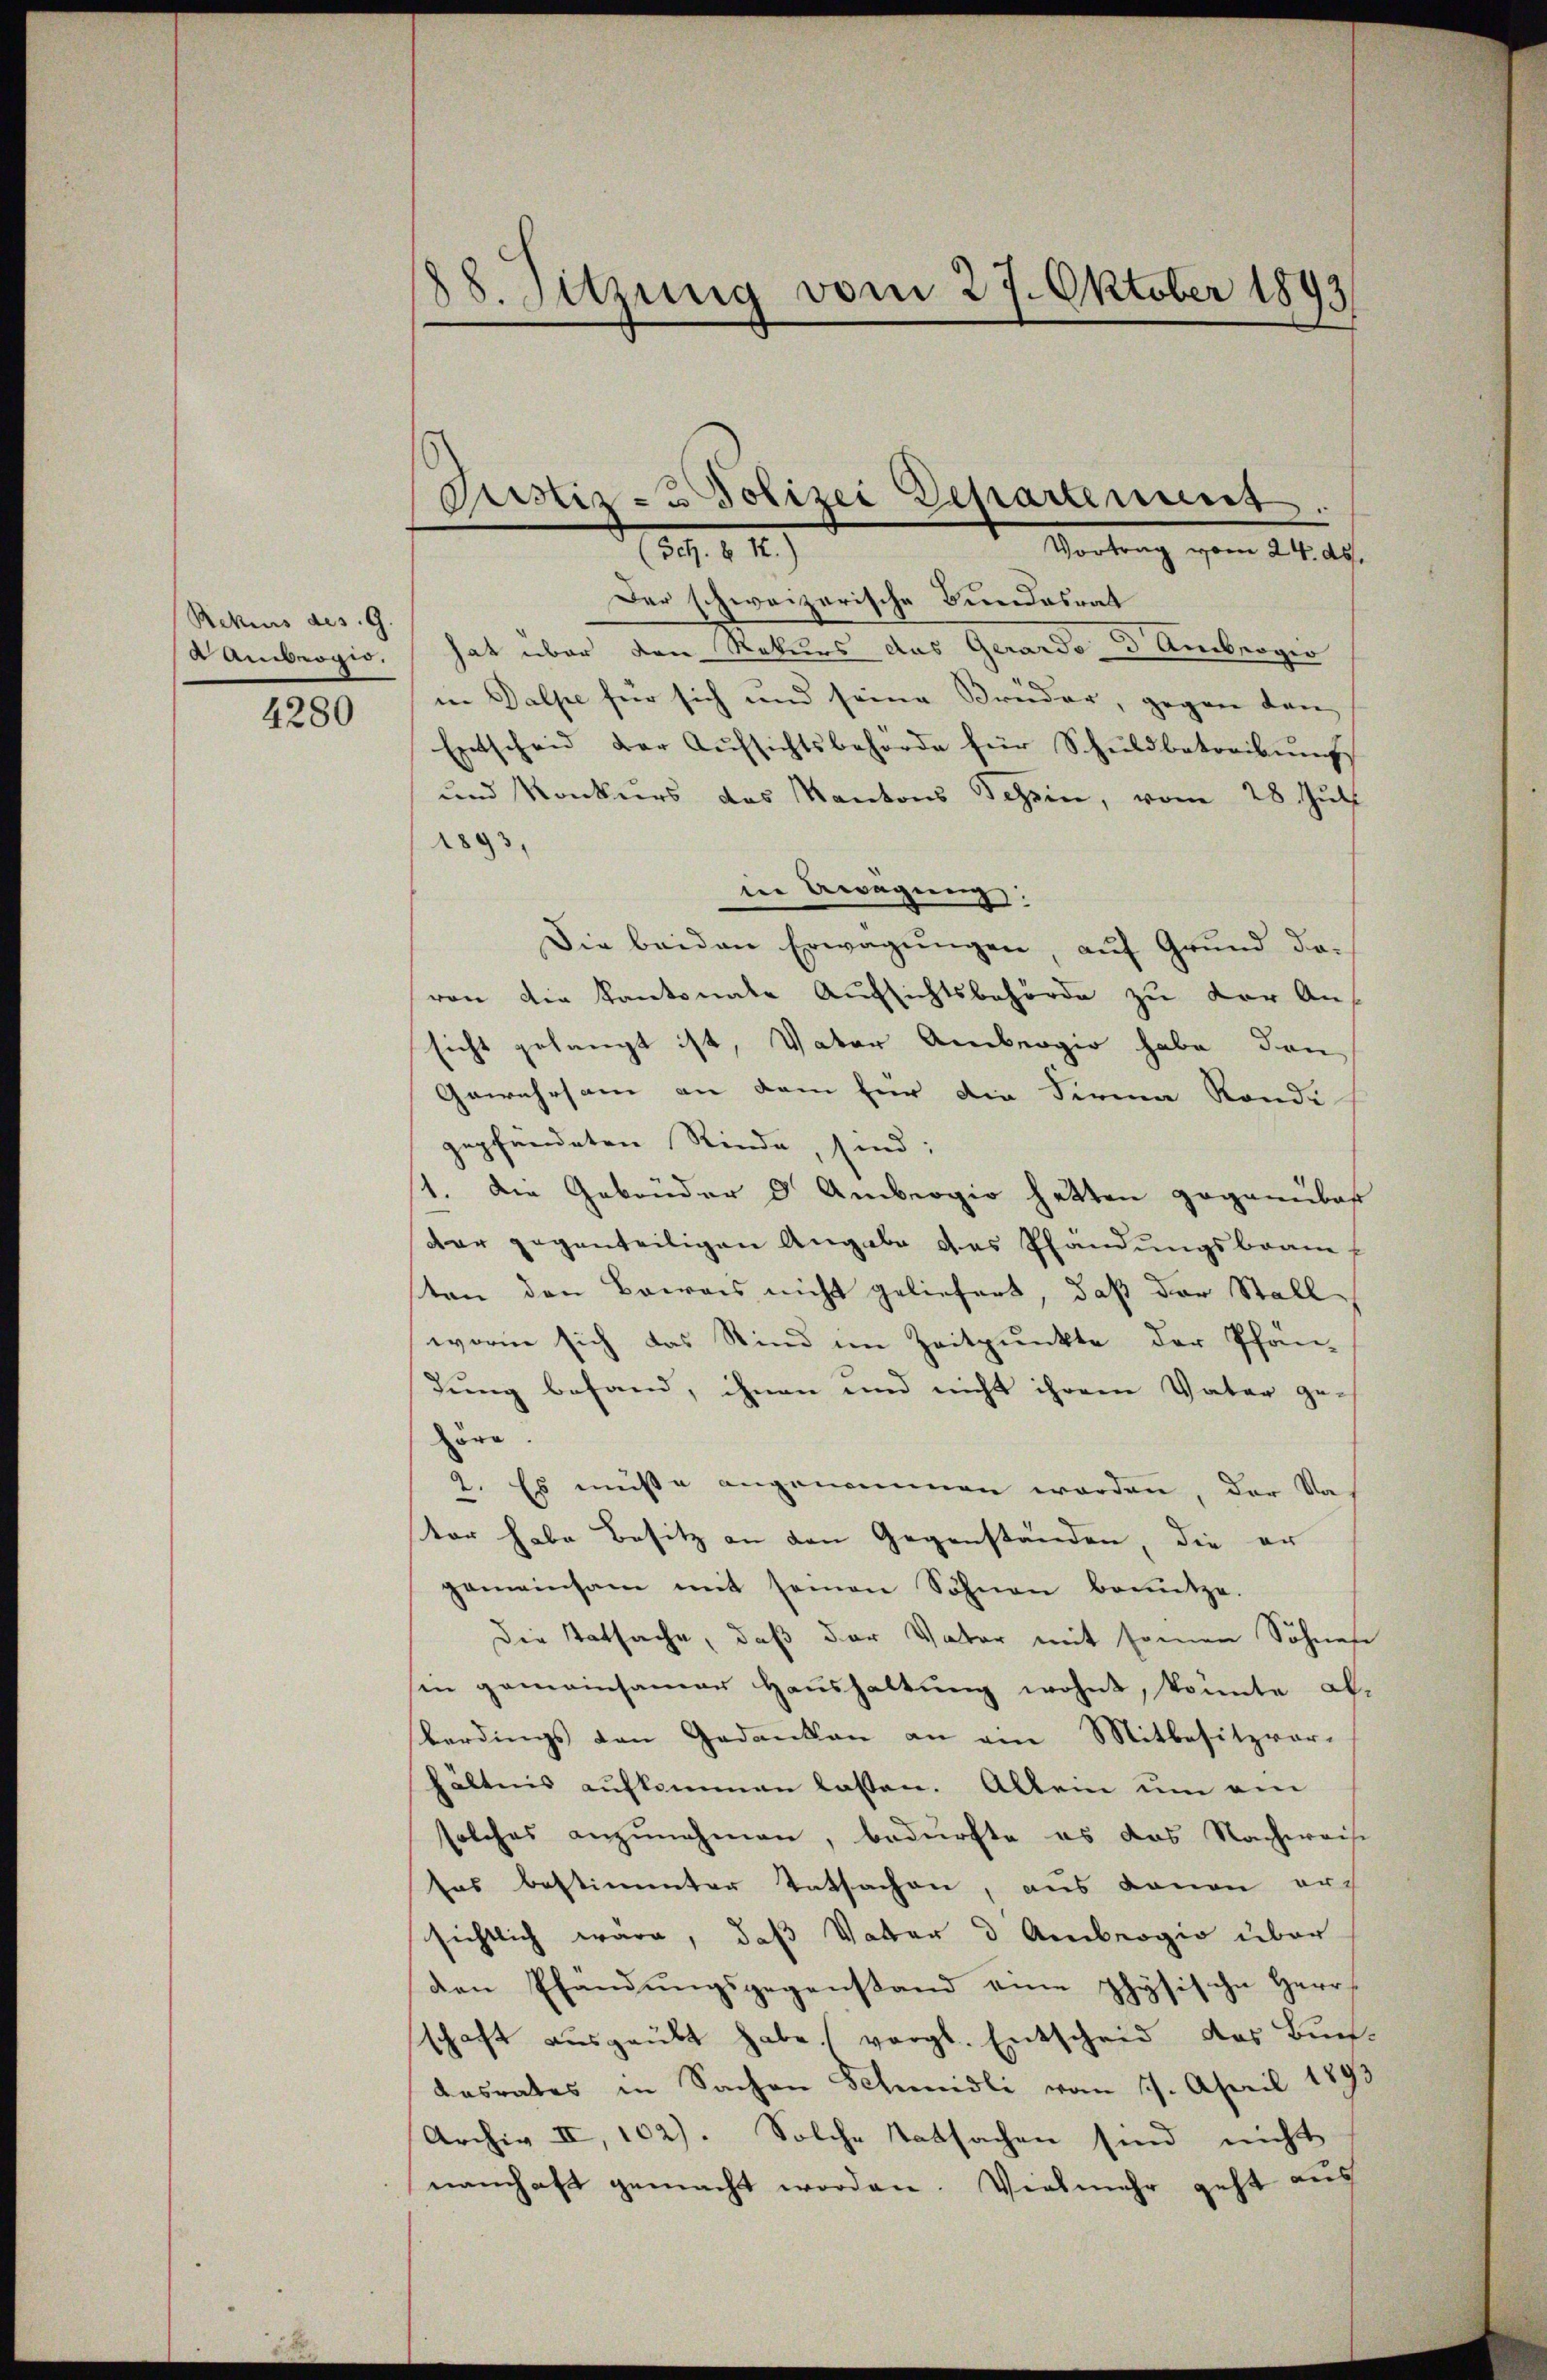
Rekurs des G.
 Androgio.

4280

88. Sitzung vom 27. Oktober 1893

Justiz- & Polizei Departement.
. 14
Vortrag vom 21. d.

Der schweizerische Bundesrat
hat über den Rekurs das Gerardo d Ambrogio
in Dalpe für sich und seine Brüder, gegen dan
Entscheid der Aŭfsichtsbehörde für Schuldbetreibŭng
und Konkurs des Kantons Tessin, vom 28. Juli
1893,
in Bewegung:
Die beiden Erwägungen, auf Grund da-
von die Kantonale Aufsichtsbehörde zu der Ansicht gelangt ist, Vater Ambergio habe den
Gewahrsam an dem für die Firma Rande
gepfendeten Rinde, sind:
1. Die Gebrüder d Ambergio hätten gegenüber
dar gegenteiligen Angabe das Pfändungsbrau
ten den Beweis nicht geliefert, daß der Stall
worin sich das Kind im Zeitpunkte der Pfän-
dung befand, ihnen und nicht ihrem Vater ge-
höre.
2. Es müsse angenommen worden, der Na-
tor habe Besitz an den Gegenständen, die er
gemeinsam mit seinen Söhnen benütze.
Die Tatsache, daß der Vater mit seinen Sohnes
in gemeinsamen Haushaltung wohnt, könnte al
berdings von Gedanken an ein Mitbesitzvorhältnis aufkommen lassen. Allein um am
solches anzunehmen, bedürfte es das Nachweis
sos bestimmter Tatsachen, aus donan arch
sichtlich wäre, daß Vater d Ambrogio über
den Pfandungsgegenstand eine physische Herrschaft ausgeübt habe, vergl. Entscheid des Buch
Kasrates in Sachen Schmidli vom 17. April 1891
Archiv II, 102). Solche Tatsachen sind nicht
namhaft gemacht worden. Vielmehr geht aus